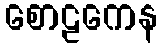
စောဠကေန